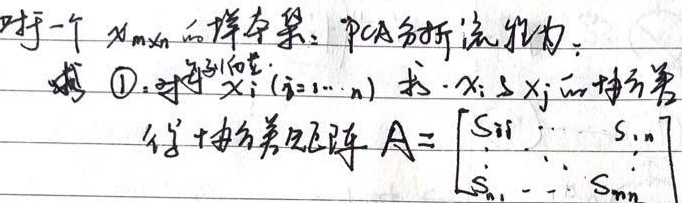
对于一个 \(X_{m\times n}\) 的样本集，PCA分析流程为：
\textcircled{1}. 对于 \(x_{i}(i = 1,\cdots,n)\) 求 \(x_{i}\) 与 \(x_{j}\) 的协方差得到协方差矩阵 \(A=\begin{bmatrix}s_{11}&\cdots&s_{1n}\\\vdots&\ddots&\vdots\\s_{n1}&\cdots&s_{nn}\end{bmatrix}\) 。